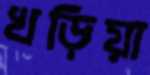
খড়িয়া